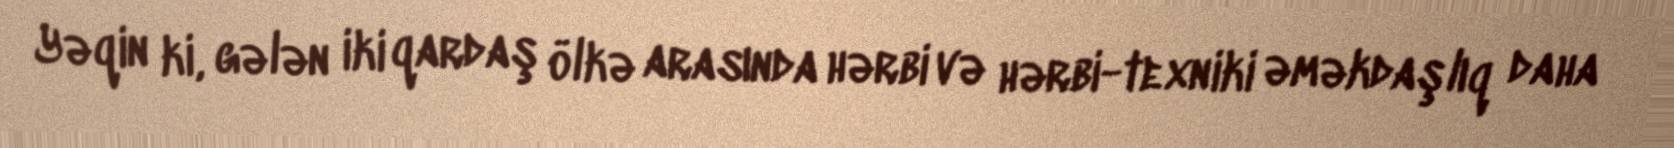
Yəqin ki, gələn iki qardaş ölkə arasında hərbi və hərbi-texniki əməkdaşlıq daha